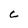
Character: C